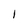
Character: 1